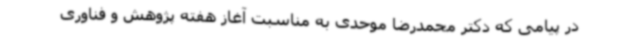
در پیامی که دکتر محمدرضا موحدی به مناسبت آغاز هفته پژوهش و فناوری